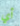
أي